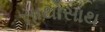
સાથોસાથ